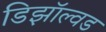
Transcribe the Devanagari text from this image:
डिझॉल्वड